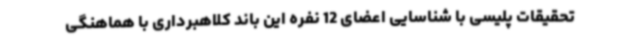
تحقیقات پلیسی با شناسایی اعضای 12 نفره این باند کلاهبرداری با هماهنگی